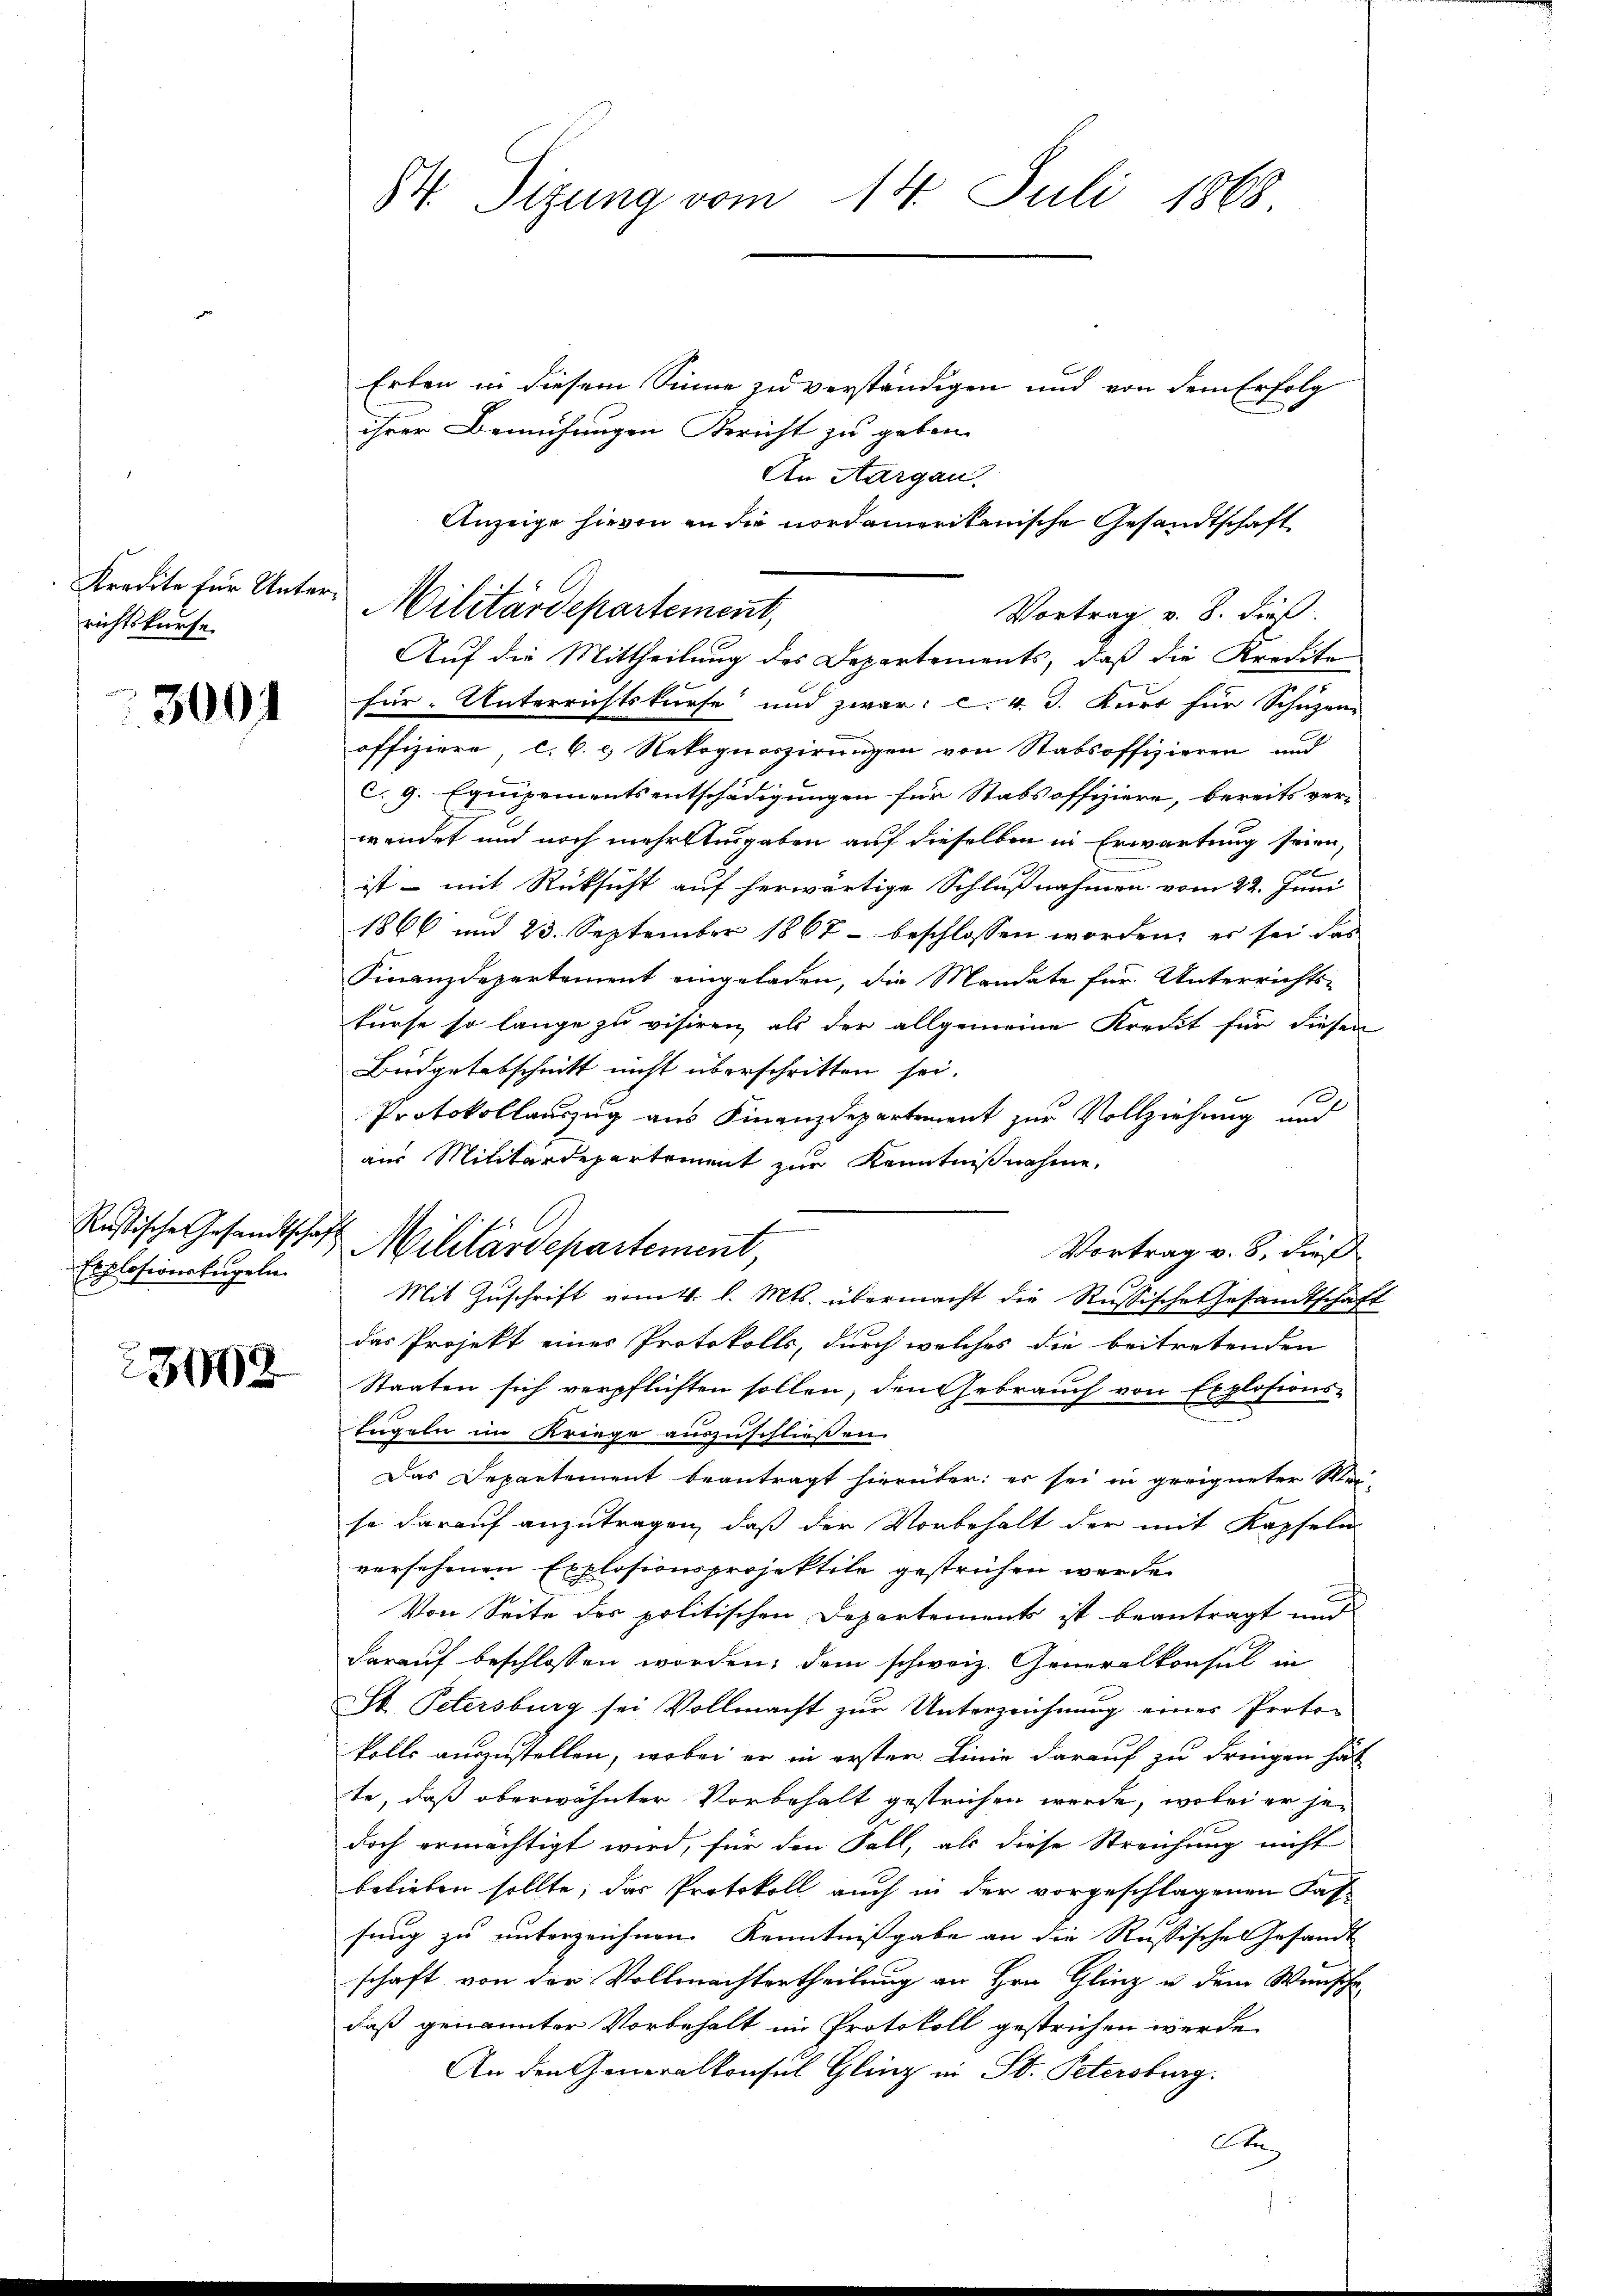
richtskurse

3001

Explosionskugeln.

23402

Erben in diesem Sinne zu verständigen und von dem Erfolg
ihrer Bemühungen Bericht zu geben.
An Aargau.
Anzeige hievon an die nordamerikanische Gesandtschaft
Vortrag v. 8. Freß.
Auf die Mittheilung des Departements, daß die Kredite
.
für Unterrichtskürfe und zwar: c. 4 J. Kurs für Schuzen
offiziere, C. C. c. Rekognoszirungen von Stabsoffizieren und
c.9. Equipementsentschädigungen für Stabsoffiziere, bereits ver-
wendet und noch mehrt ausgaben auf dieselben in Erwartung seien,
ist – mit Rücksicht auf herwärtige Schlußnahmen vom 22. Juni
1866 und 23. September 1867 - beschlossen worden, er sei das
Finanzdepartement eingeladen, die Mandate für Unterrichts-
kurse so lange zu visiren, als der allgemeine Kredit für diesen
Budgetabschnitt nicht überschritten sei.
Protokollauszug aus Finanzdepartement zur Vollziehung und
aus Militärdepartement zur Kenntnißnahme
Rustische Gesandtschaft Militärdepartement
Vortrag v. 3. dieß
Mit Zuschrift vom 4. l. Mts. übermacht die Russische Gesandtschaft
das Projekt einer Protokolls, durch welches die beitretenden
Staaten sich verpflichten sollen, den Gebrauch von Explosions-
Engeln im Kriege auszuschließen.
Das Departement beantragt hierüber; es sei in geeigneter Steise darauf anzutragen, daß der Vorbehalt der mit Kapfeln
versehenen Explosionsprojektile gestrichen werde.
Von Seite der politischen Departements ist beantragt und
darauf beschlossen worden, dem schweiz. Generalkonsul in
St. Petersburg sei Vollmacht zur Unterzeichnung einer Protokolle anzustellen, wobei er in erster Linie darauf zu dringen hät
te, daß oberwähnter Vorbehalt gestrichen werde, wobei er jedoch ermächtigt wird, für den Fall, als diese Streichung nicht
belieben sollte; das Protokoll auch in der vorgeschlagenen Fassung zu unterzeichnen. Kenntnißgabe an die Russische Gesandt
schaft von der Vollmachtertheilung an Hrn. Gling u. dem Wunsche
daß genannter Vorbehalt im Protokoll gestrichen werde.
An den Generalkonsul Gling in St. Petersburg.
Ate

84. Sizung vom 14. Juli 1868.

Kredite für Unters Militärdepartement,